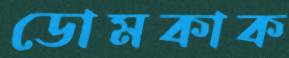
ডোমকাক